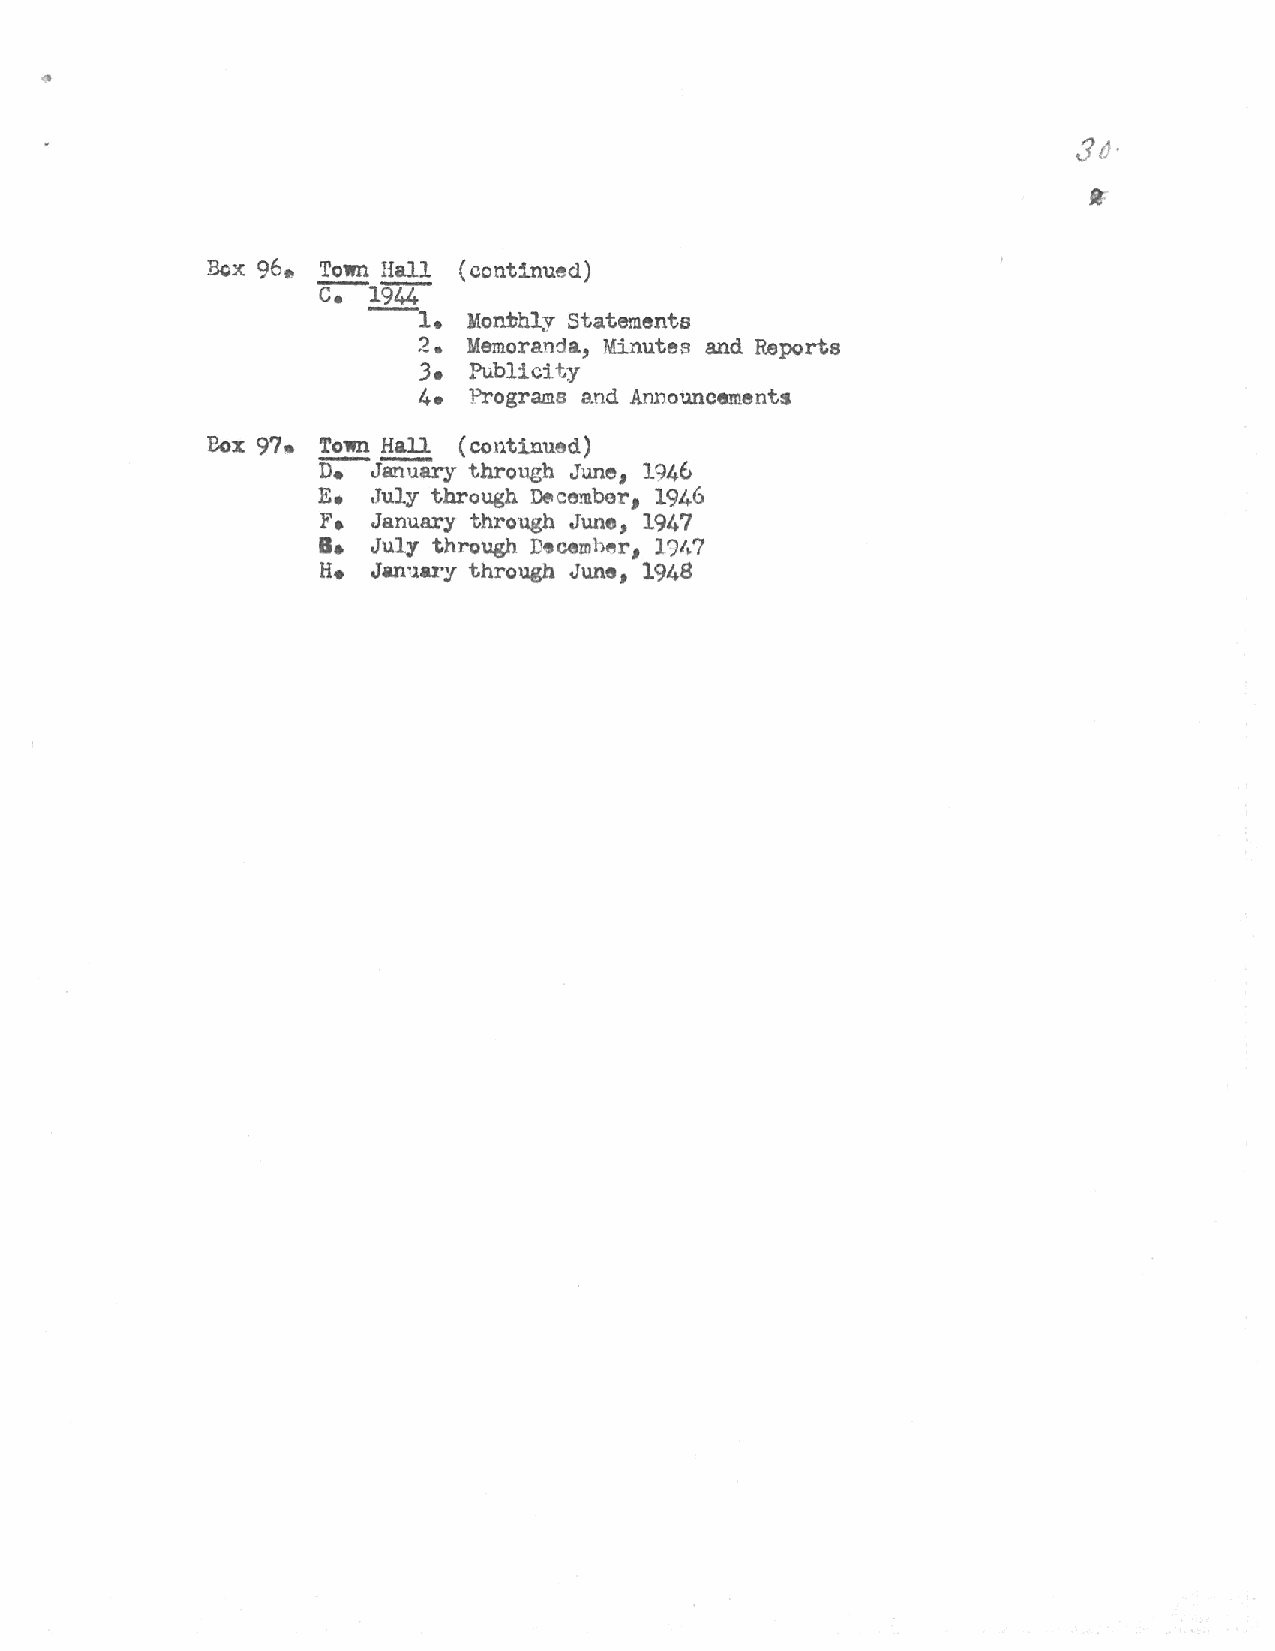
Box 96. Town Hall (continued)
 c.-1944
 ----1. Month~y Statements
 2. Memoranda, Minutes and Reports
 3• Publictty
 4e Programs and Announcements
 Box 9?,. Town Hall (continued)
 n;-"J iiilU'ary through June 1946
 1
 Ee  July through Detcembot' 1946
 1
 F.  January through June, 194?
 a.
 July through December, 1')1~7
 H.  Jan,lary through June, 1948